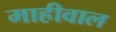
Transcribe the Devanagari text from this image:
माहीवाल